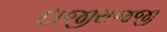
દાજીરાજજી